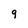
Character: 9